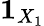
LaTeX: {\mathbf{1}}_{X_{1}}